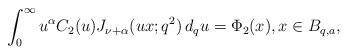
LaTeX: \begin{align*}\int_0^\infty u^\alpha C_2(u) J_{\nu+\alpha}(ux; q^2)\,d_qu =\Phi_2(x), x\in B_{q,a},\end{align*}